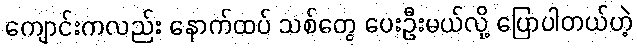
ကျောင်းကလည်း နောက်ထပ် သစ်တွေ ပေးဦးမယ်လို့ ပြောပါတယ်ဟဲ့